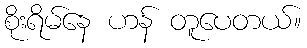
စိုးရိမ်နေ ဟန် တူပေတယ်။